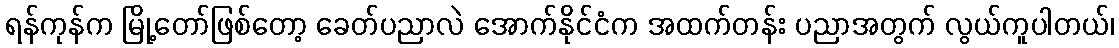
ရန်ကုန်က မြို့တော်ဖြစ်တော့ ခေတ်ပညာလဲ အောက်နိုင်ငံက အထက်တန်း ပညာအတွက် လွယ်ကူပါတယ်၊